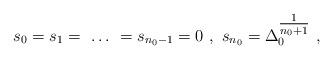
LaTeX: \begin{gather*} s_{0}= s_{1} =\ \ldots \ =s_{n_{0} -1} = 0 \ , \ s_{n_{0}} = \Delta_{0}^{\tfrac{1}{n_{0}+1}} \ ,\end{gather*}